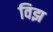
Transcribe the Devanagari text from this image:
विझ